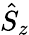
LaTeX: \hat{S}_{z}